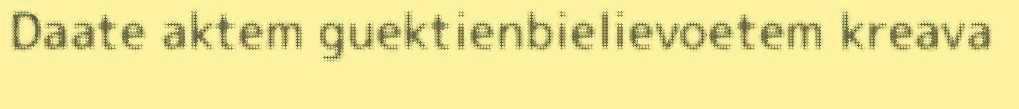
Daate aktem guektienbielievoetem kreava